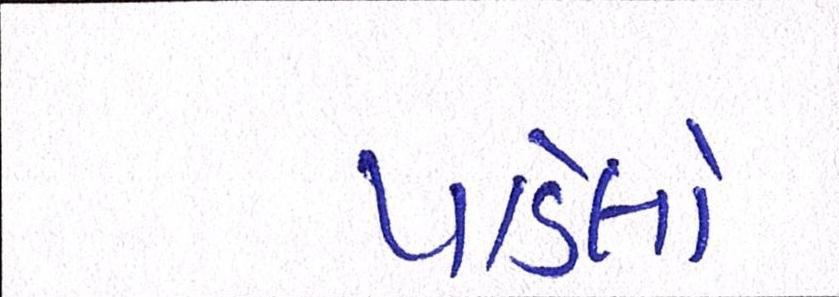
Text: પાડેલો